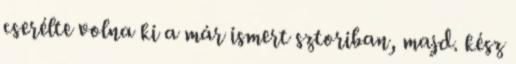
cserélte volna ki a már ismert sztoriban, majd. kész